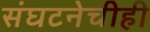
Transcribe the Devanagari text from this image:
संघटनेचीही